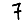
Digit: 7